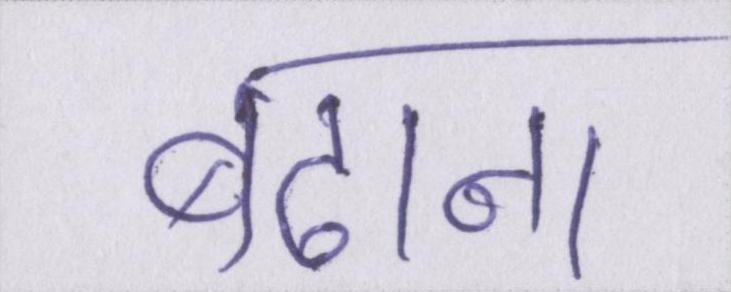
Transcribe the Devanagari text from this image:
बढाना